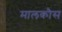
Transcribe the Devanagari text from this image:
मालकौस